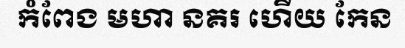
កំពែង មហា នគរ ហើយ កែន